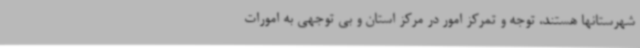
شهرستانها هستند، توجه و تمرکز امور در مرکز استان و بی توجهی به امورات